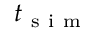
t _ { \mathrm { ~ s ~ i ~ m ~ } }